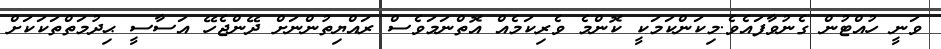
ވަނީ ހުއްޓުން ގެނުވާފައެވެ.މިކަންކަމަކީ ކޮންމެ ވެރިކަމެއް އޮތްނަމަވެސް ރައްޔިތުންނަށް ދޭންޖެހޭ އަސާސީ ޙިދުމަތްތަކަކަށް